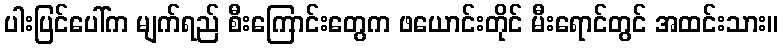
ပါးပြင်ပေါ်က မျက်ရည် စီးကြောင်းတွေက ဖယောင်းတိုင် မီးရောင်တွင် အထင်းသား။